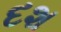
દશ